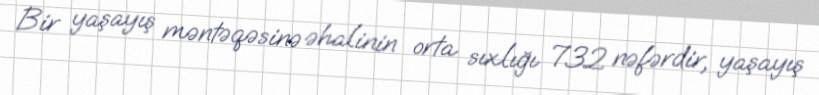
Bir yaşayış məntəqəsinə əhalinin orta sıxlığı 732 nəfərdir, yaşayış